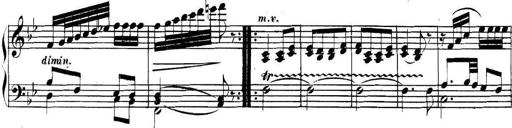
Title: Collected Piano Sonatas
Composer: Muzio Clementi